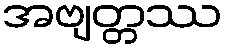
အဗျတ္တဿ